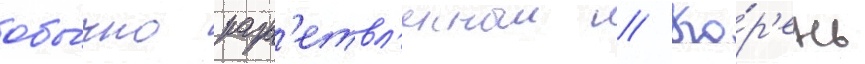
обы́чно разв'етвл'енныи // Ко́р'ень